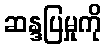
ဆန္ဒပြမှုကို